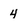
Character: 4